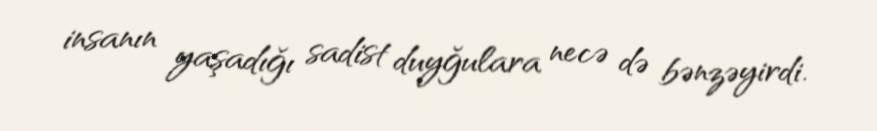
insanın yaşadığı sadist duyğulara necə də bənzəyirdi.